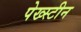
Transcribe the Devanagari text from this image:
पेख्स्टीन